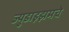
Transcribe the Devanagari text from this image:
ज्युडाइझमचे